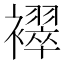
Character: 𬡳